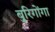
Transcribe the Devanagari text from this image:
बुरिगोंगा